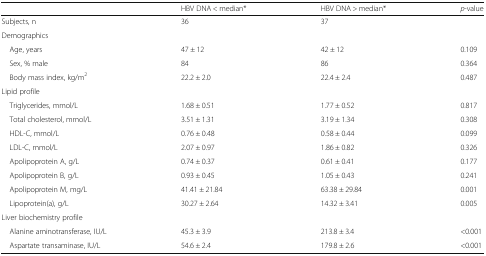
|  | HBV DNA < median* | HBV DNA > median* | p-value |
 | --- | --- | --- | --- |
 | Subjects, n | 36 | 37 |  |
 | <COLSPAN=4> Demographics |
 | Age, years | 47 ± 12 | 42 ± 12 | 0.109 |
 | Sex, % male | 84 | 86 | 0.364 |
 | Body mass index, kg/m2 | 22.2 ± 2.0 | 22.4 ± 2.4 | 0.487 |
 | <COLSPAN=4> Lipid profile |
 | Triglycerides, mmol/L | 1.68 ± 0.51 | 1.77 ± 0.52 | 0.817 |
 | Total cholesterol, mmol/L | 3.51 ± 1.31 | 3.19 ± 1.34 | 0.308 |
 | HDL-C, mmol/L | 0.76 ± 0.48 | 0.58 ± 0.44 | 0.099 |
 | LDL-C, mmol/L | 2.07 ± 0.97 | 1.86 ± 0.82 | 0.326 |
 | Apolipoprotein A, g/L | 0.74 ± 0.37 | 0.61 ± 0.41 | 0.177 |
 | Apolipoprotein B, g/L | 0.93 ± 0.45 | 1.05 ± 0.43 | 0.241 |
 | Apolipoprotein M, mg/L | 41.41 ± 21.84 | 63.38 ± 29.84 | 0.001 |
 | Lipoprotein(a), g/L | 30.27 ± 2.64 | 14.32 ± 3.41 | 0.005 |
 | <COLSPAN=4> Liver biochemistry profile |
 | Alanine aminotransferase, IU/L | 45.3 ± 3.9 | 213.8 ± 3.4 | <0.001 |
 | Aspartate transaminase, IU/L | 54.6 ± 2.4 | 179.8 ± 2.6 | <0.001 |